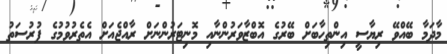
މާދަމާ ބޭއްވޭ ރިޔާސީ އިންތިހާބަށް ބޭރުގެ އޮބްޒާވަރުންނާއި މޮނިޓަރުންނަށް ރާއްޖެއަށް އެތެރުވުމުގެ ފުރުސަތު